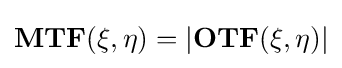
\mathbf {MTF(\xi ,\eta )} =|\mathbf {OTF(\xi ,\eta )} |